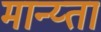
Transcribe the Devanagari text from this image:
मान्य्ता